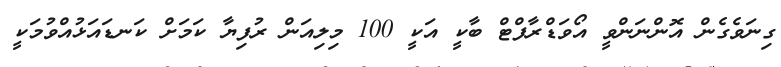
ގިނަވެގެން އޮންނަންވީ އޯވަޑްރާފްޓް ބާކީ އަކީ 100 މިލިއަން ރުފިޔާ ކަމަށް ކަނޑައަޅުއްވުމަކީ